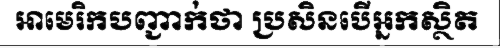
អាមេរិកបញ្ជាក់ថា ប្រសិនបើអ្នកស្ថិត